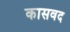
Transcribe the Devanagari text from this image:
कासवद